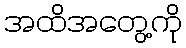
အထိအတွေ့ကို